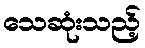
သေဆုံးသည့်